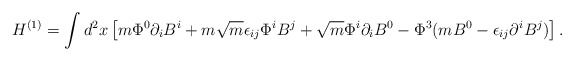
\begin{align*}H^{(1)} = \int d^2x \left[ m \Phi^0 \partial_i B^i + m \sqrt{m} \epsilon_{ij} \Phi^i B^j + \sqrt{m} \Phi^i \partial_i B^0 - \Phi^3 ( m B^0 - \epsilon_{ij} \partial^i B^j ) \right].\end{align*}